Bréfritari: Þorsteinn Þorsteinsson
Viðtakandi: Jón Borgfirðingur
Dagsetning: A-1859-12-01
Skrifað á: Bæ á Höfðaströnd  Skag.

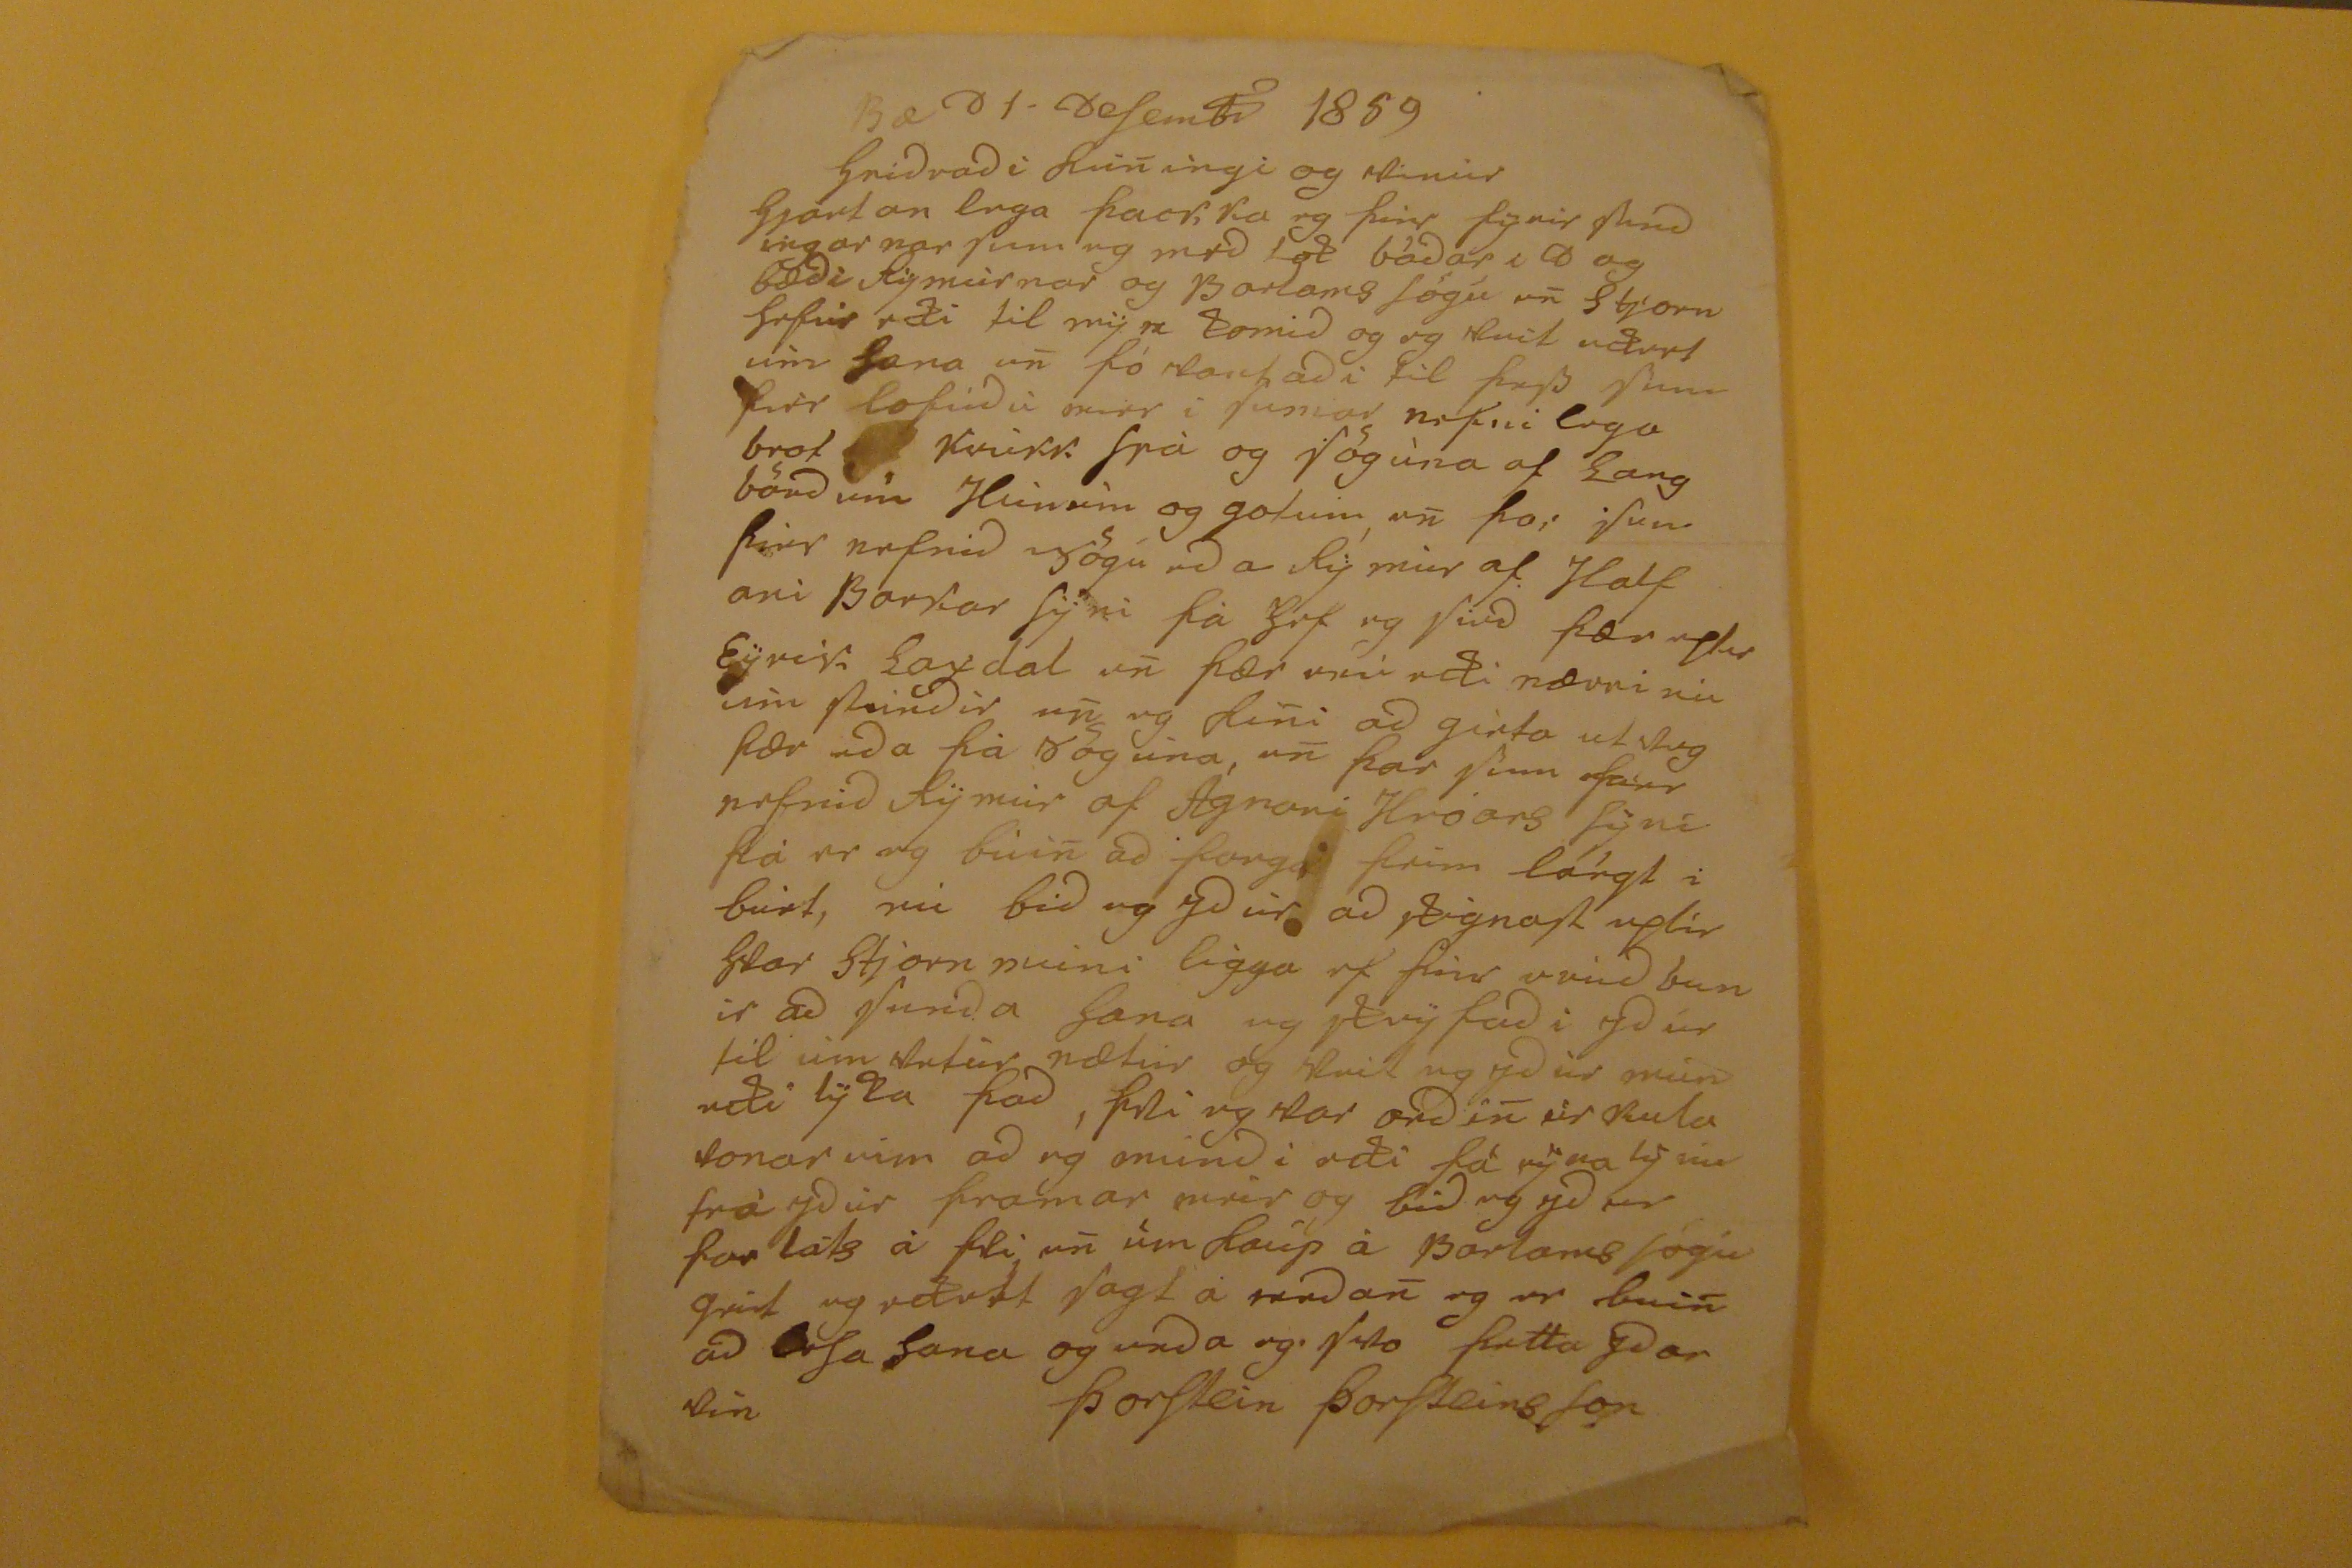

Bæ
D
1. DeSembr 1859
heidradi Kuningi og Vinúr
hjartan lega þackka eg þier fÿrir Sendingarnar Sem eg med tok bádar i D og bædi
Kÿmùrnar
og
Barlams
Sögú en Stjorn Sefúr
eki
til mÿn komid og og
kvit ekvet
um Sona en þó Vantadi til þess Sem firr lofúdú mier i Sumar nefnilega brot
kvikk
frà og Sögùna af Langböndum Heimur og gotum en þo; Sem þier nefndid sögu eda
Rý
mier af Halfari
Bortar Sÿni
fà Sef eg Sied þær eptir Eÿrik Laxdal en þær
mei
eki nærri nu um kindir en eg
Sini
ad
girta utveg
þær eda þá
8
og eina, en þar Sem
fáir
nefnid Kÿmúr af Agnari Hróars Sÿni þá er eg bùin ad farga þeim lángt i burt, nú bid eg ydùr ad skignast eptir
Skar stjornnini
ligga ef firir
svid banir
ad Sunda Sona eg
sknÿ fadi
ydur til ùm vetúr nætur og skrif eg ydùr mun eki lÿka þad, þvi eg var ordin úrkula vonar úm ad eg mindi eki fá
nyna
lýnu frá ydur framar meir og bid eg ydur forláts á þvi en úm kaúp á
Barlams
sögu giet eg ekett sagt á medan eg er buin ad Sa Sona og enda eg
Sko
þetta ydar vin
ÞorStein ÞorSteinsSon